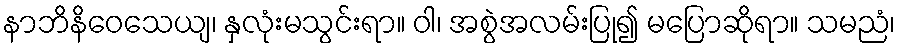
နာဘိနိဝေသေယျ၊ နှလုံးမသွင်းရာ။ ဝါ၊ အစွဲအလမ်းပြု၍ မပြောဆိုရာ။ သမညံ၊